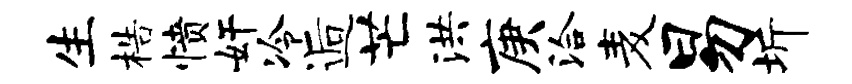
生梏愤奸冷逅芒洪庚洽麦易圻